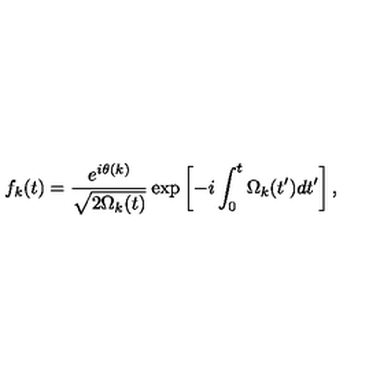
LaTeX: f _ { k } ( t ) = \frac { e ^ { i \theta ( k ) } } { \sqrt { 2 \Omega _ { k } ( t ) } } \exp \left[ - i \int _ { 0 } ^ { t } \Omega _ { k } ( t ^ { \prime } ) d t ^ { \prime } \right] ,